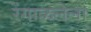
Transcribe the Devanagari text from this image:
रेंगाळलेला